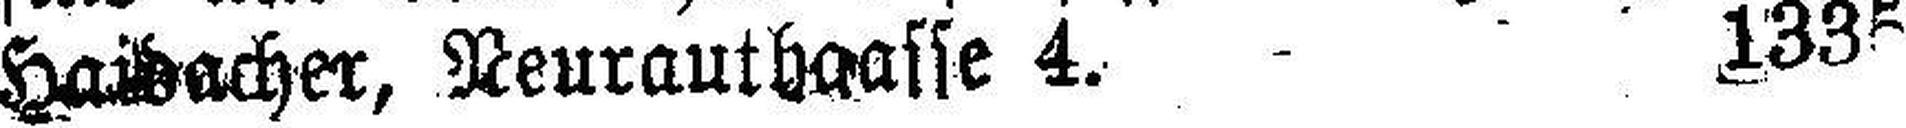
Haibacher, Neurauthaasse 4. 1335